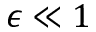
\epsilon \ll 1